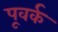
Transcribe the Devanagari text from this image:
पूवर्क